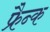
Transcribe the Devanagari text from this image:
फ्रैन्क